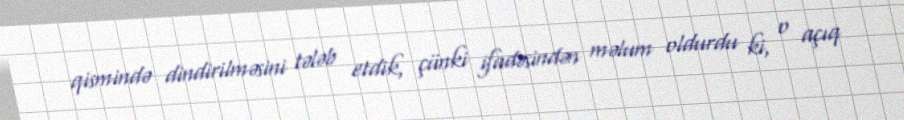
qismində dindirilməsini tələb etdik, çünki ifadəsindən məlum oldurdu ki, o açıq